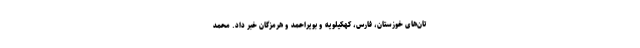
تان‌های خوزستان، فارس، کهکیلویه و بویراحمد و هرمزگان خبر داد. محمد